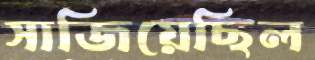
সাজিয়েছিল